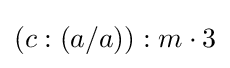
(c:(a/a)):m\cdot 3